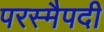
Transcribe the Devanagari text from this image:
परस्मैपदी